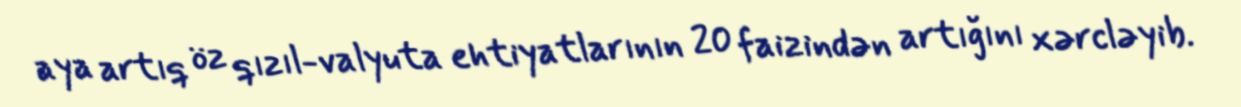
aya artıq öz qızıl-valyuta ehtiyatlarının 20 faizindən artığını xərcləyib.